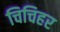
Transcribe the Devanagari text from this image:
चिचिहर